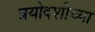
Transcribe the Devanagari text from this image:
त्रयोदशीच्या